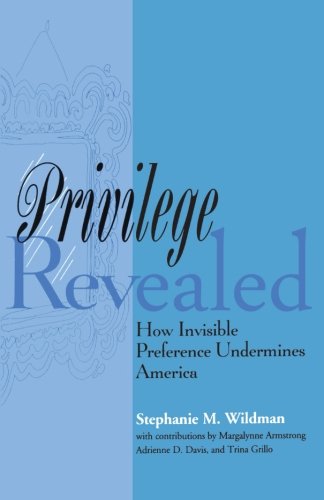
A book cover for Privilege Revealed: How Invisible Preference Undermines America (Critical America); Stephanie M. Wildman; Law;